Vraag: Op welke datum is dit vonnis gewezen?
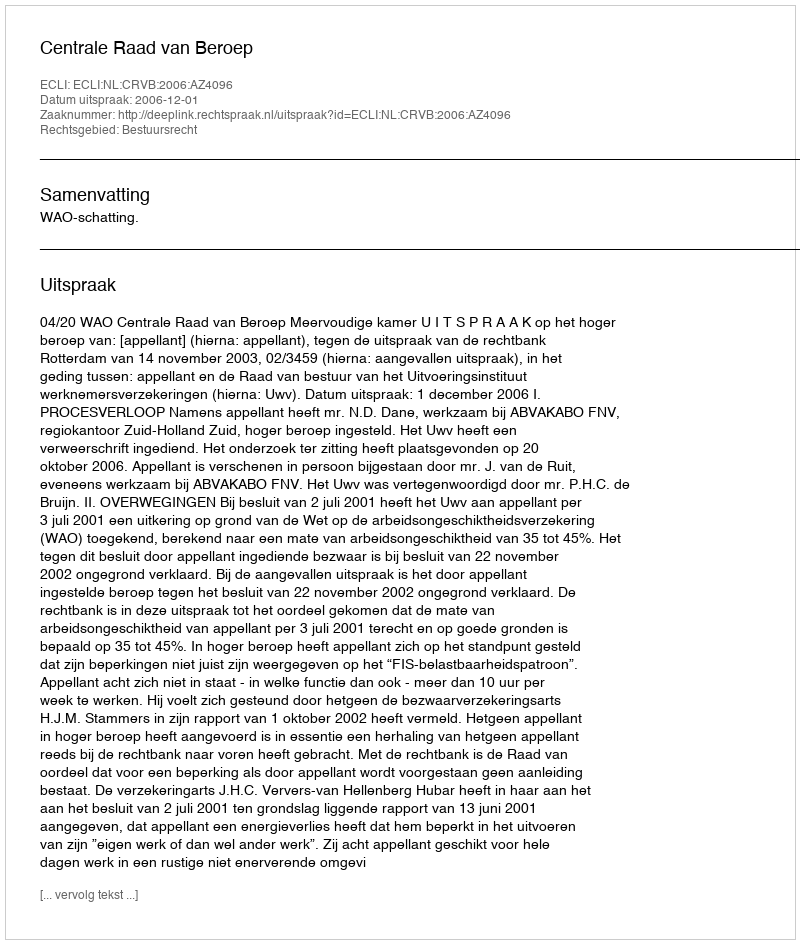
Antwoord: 2006-12-01